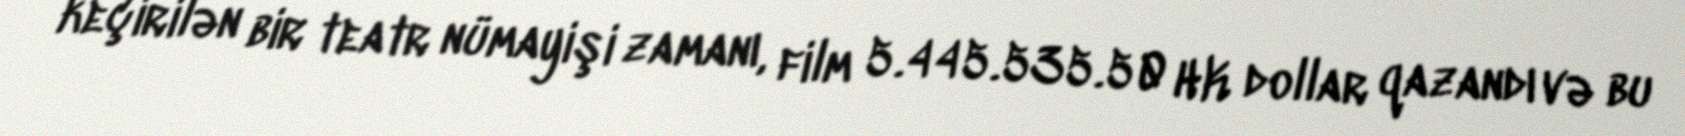
keçirilən bir teatr nümayişi zamanı, film 5.445.535.50 HK dollar qazandı və bu